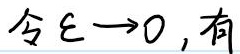
令$\varepsilon \to 0$, 有